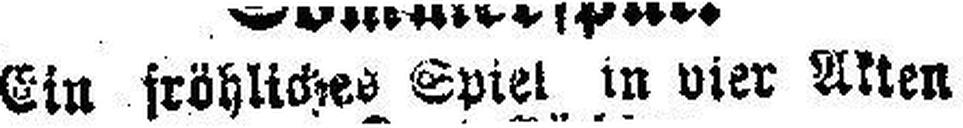
Ein fröhliches Spiel in vier Akten